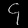
Digit: ၄